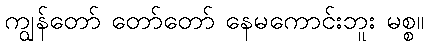
ကျွန်တော် တော်တော် နေမကောင်းဘူး မစ္စ။